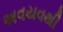
અવયવથી